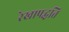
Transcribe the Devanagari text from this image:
रेखापद्धति